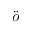
\ddot { o }